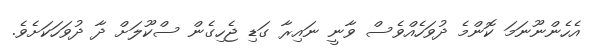
އެހެންނޫނަމަ ކޮންމެ ދުވަހެއްވެސް ވާނީ ނައިރާ ގަޑި ޖެހިގެން ސްކޫލަށް ދާ ދުވަހަކަށެވެ.